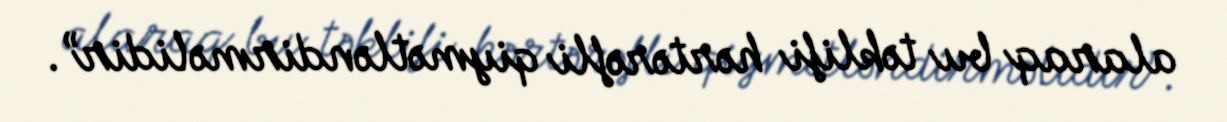
alaraq bu təklifi hərtərəfli qiymətləndirməlidir”.